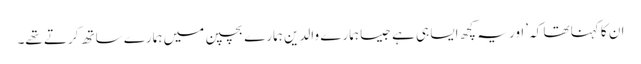
ان کا کہنا تھا کہ ’اور یہ کچھ ایسا ہی ہے جیسا ہمارے والدین ہمارے بچپن میں ہمارے ساتھ کرتے تھے۔